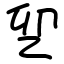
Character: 乮